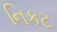
નિકટ